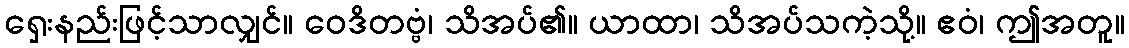
ရှေးနည်းဖြင့်သာလျှင်။ ဝေဒိတဗ္ဗံ၊ သိအပ်၏။ ယာထာ၊ သိအပ်သကဲ့သို့။ ဧဝံ၊ ဤအတူ။